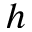
h